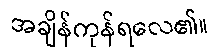
အချိန်ကုန်ရလေ၏။